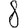
Digit: 8